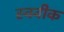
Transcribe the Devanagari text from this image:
स्क्वीक